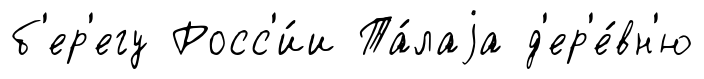
б'ер'егу Росс'и́и Та́лаjа д'ер'е́вн'ю